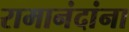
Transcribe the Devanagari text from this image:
रामानंदांना